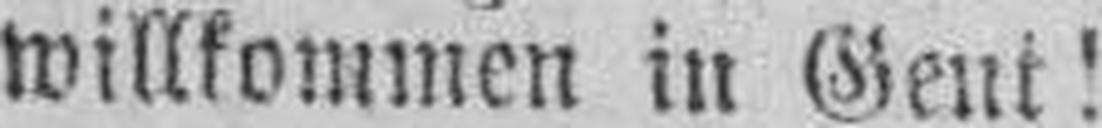
willkommen in Gent!